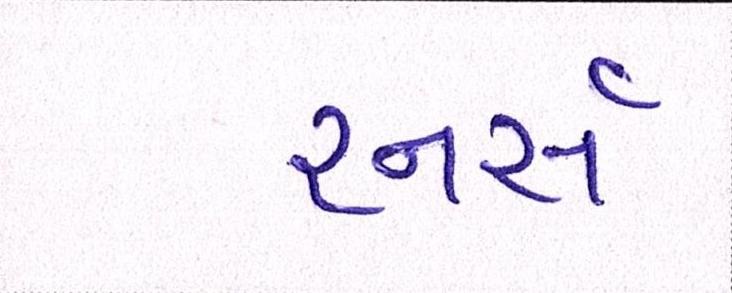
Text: રનર્સ